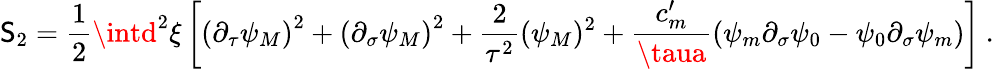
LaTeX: \mathsf{S}_{2}=\frac{{1}}{{2}}\intd^{2}\xi\left[\left(\partial_{\tau}\psi_{M}\right)^{2}+\left(\partial_{\sigma}\psi_{M}\right)^{2}+\frac{{2}}{{\tau^{2}}}(\psi_{M})^{2}+\frac{{c_{m}^{\prime}}}{{\taua}}\left(\psi_{m}\partial_{\sigma}\psi_{0}-\psi_{0}\partial_{\sigma}\psi_{m}\right)\right]\: .